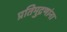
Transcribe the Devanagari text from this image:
प्रतिमुद्रणांना